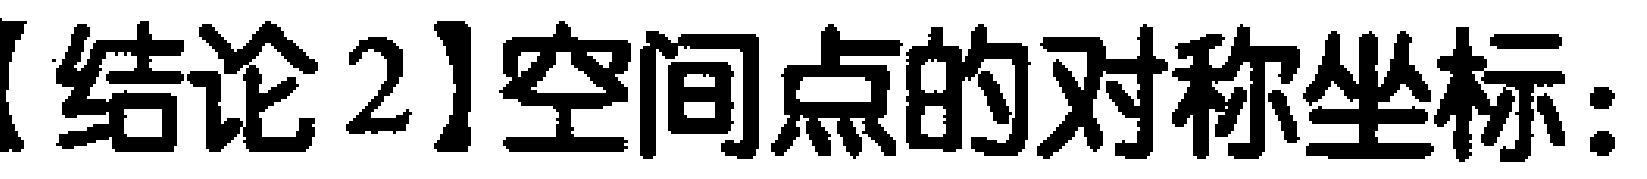
【结论2】空间点的对称坐标：